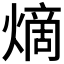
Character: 𪹧